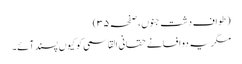
(طواف دشتِ جنوں، صفحہ ۳۵)
مگر یہ دو افسانے حقانی القاسمی کو کیوں پسند آئے۔